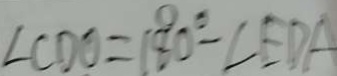
\angle C D O = ( 1 8 0 ^ { \circ } - \angle E D A